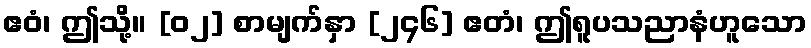
ဧဝံ၊ ဤသို့။ [၀၂] စာမျက်နှာ [၂၄၆] ဧတံ၊ ဤရူပသညာနံဟူသော